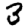
Digit: 3